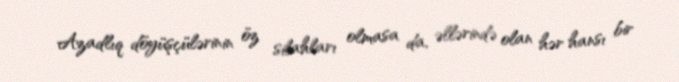
Azadlıq döyüşçülərinin öz silahları olmasa da, əllərində olan hər hansı bir